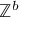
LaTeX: \mathbb { Z } ^ { b }